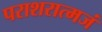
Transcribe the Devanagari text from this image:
पराशरात्मजं